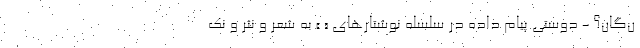
ن‌گان؟ - دوستی پیام داده در سلسله نوشتارهای « » به شعر و نثر و نک